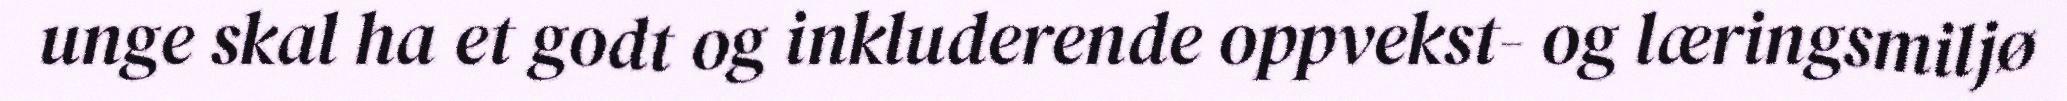
unge skal ha et godt og inkluderende oppvekst- og læringsmiljø